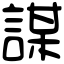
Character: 謀